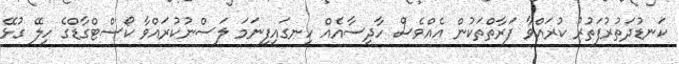
ކަނޑުދަތުރުފަތުރު ކުރައްވާ ފަރާތްތަކުން އެއްވެސް ހާދިސާއެއް ހިނގައިފިނަމަ ލަސްނުކުރައްވާ ކޯސްޓްގާޑްގެ ހިލޭ ގުޅޭ